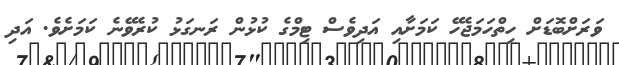
ވަރަށްބޮޑަށް ހިތްހަމަޖެހޭ ކަމަށާއި އަދިވެސް ޓިމްގެ ކުޅުން ރަނގަޅު ކުރެވޭނެ ކަމަށެވެ. އަދި